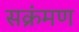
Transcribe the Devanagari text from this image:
सक्रंमण